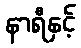
နာရီနှင့်